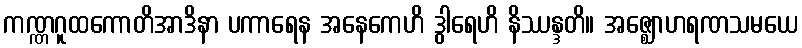
ကဏ္ဏဂူထကောတိအာဒိနာ ပကာရေန အနေကေဟိ ဒွါရေဟိ နိဿန္ဒတိ။ အဇ္ဈောဟရဏသမယေ